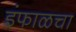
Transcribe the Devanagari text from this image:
इंफाळचा